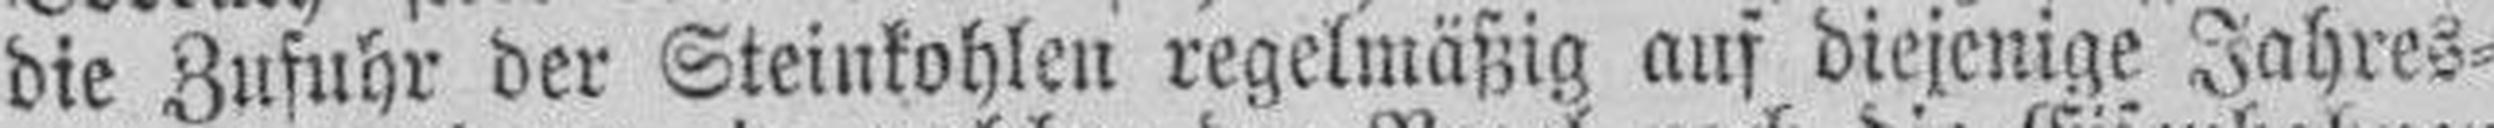
die Zufuhr der Steinkohlen regelmäßig aus diejenige Jahres¬